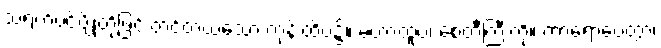
သရက်ပင်ပျိုတို့ဖြင့် တင့်တယ်သော ကုန်းထိပ်၌။ မဟာထူပံ၊ စေတီကြီးကို။ ကာရောပေတွာ၊